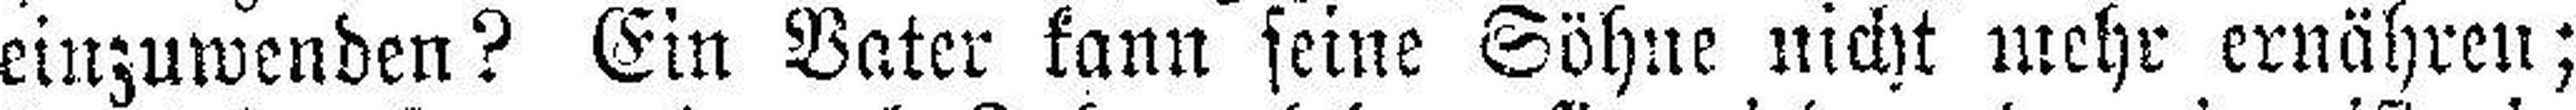
einzuwenden? Ein Vater kann seine Söhne nicht mehr ernähren;